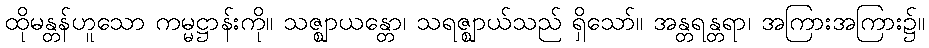
ထိုမန္တန်ဟူသော ကမ္မဋ္ဌာန်းကို။ သဇ္ဈာယန္တော၊ သရဇ္ဈာယ်သည် ရှိသော်။ အန္တရန္တရာ၊ အကြားအကြား၌။